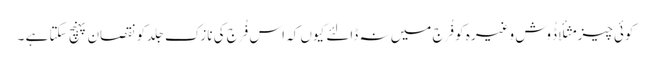
کوئی چیز مثلأ ڈُوش وغیرہ کو فُرج میں نہ ڈالئے کیوں کہ اس فُرج کی نازک جِلد کو نقصان پہنچ سکتا ہے ۔